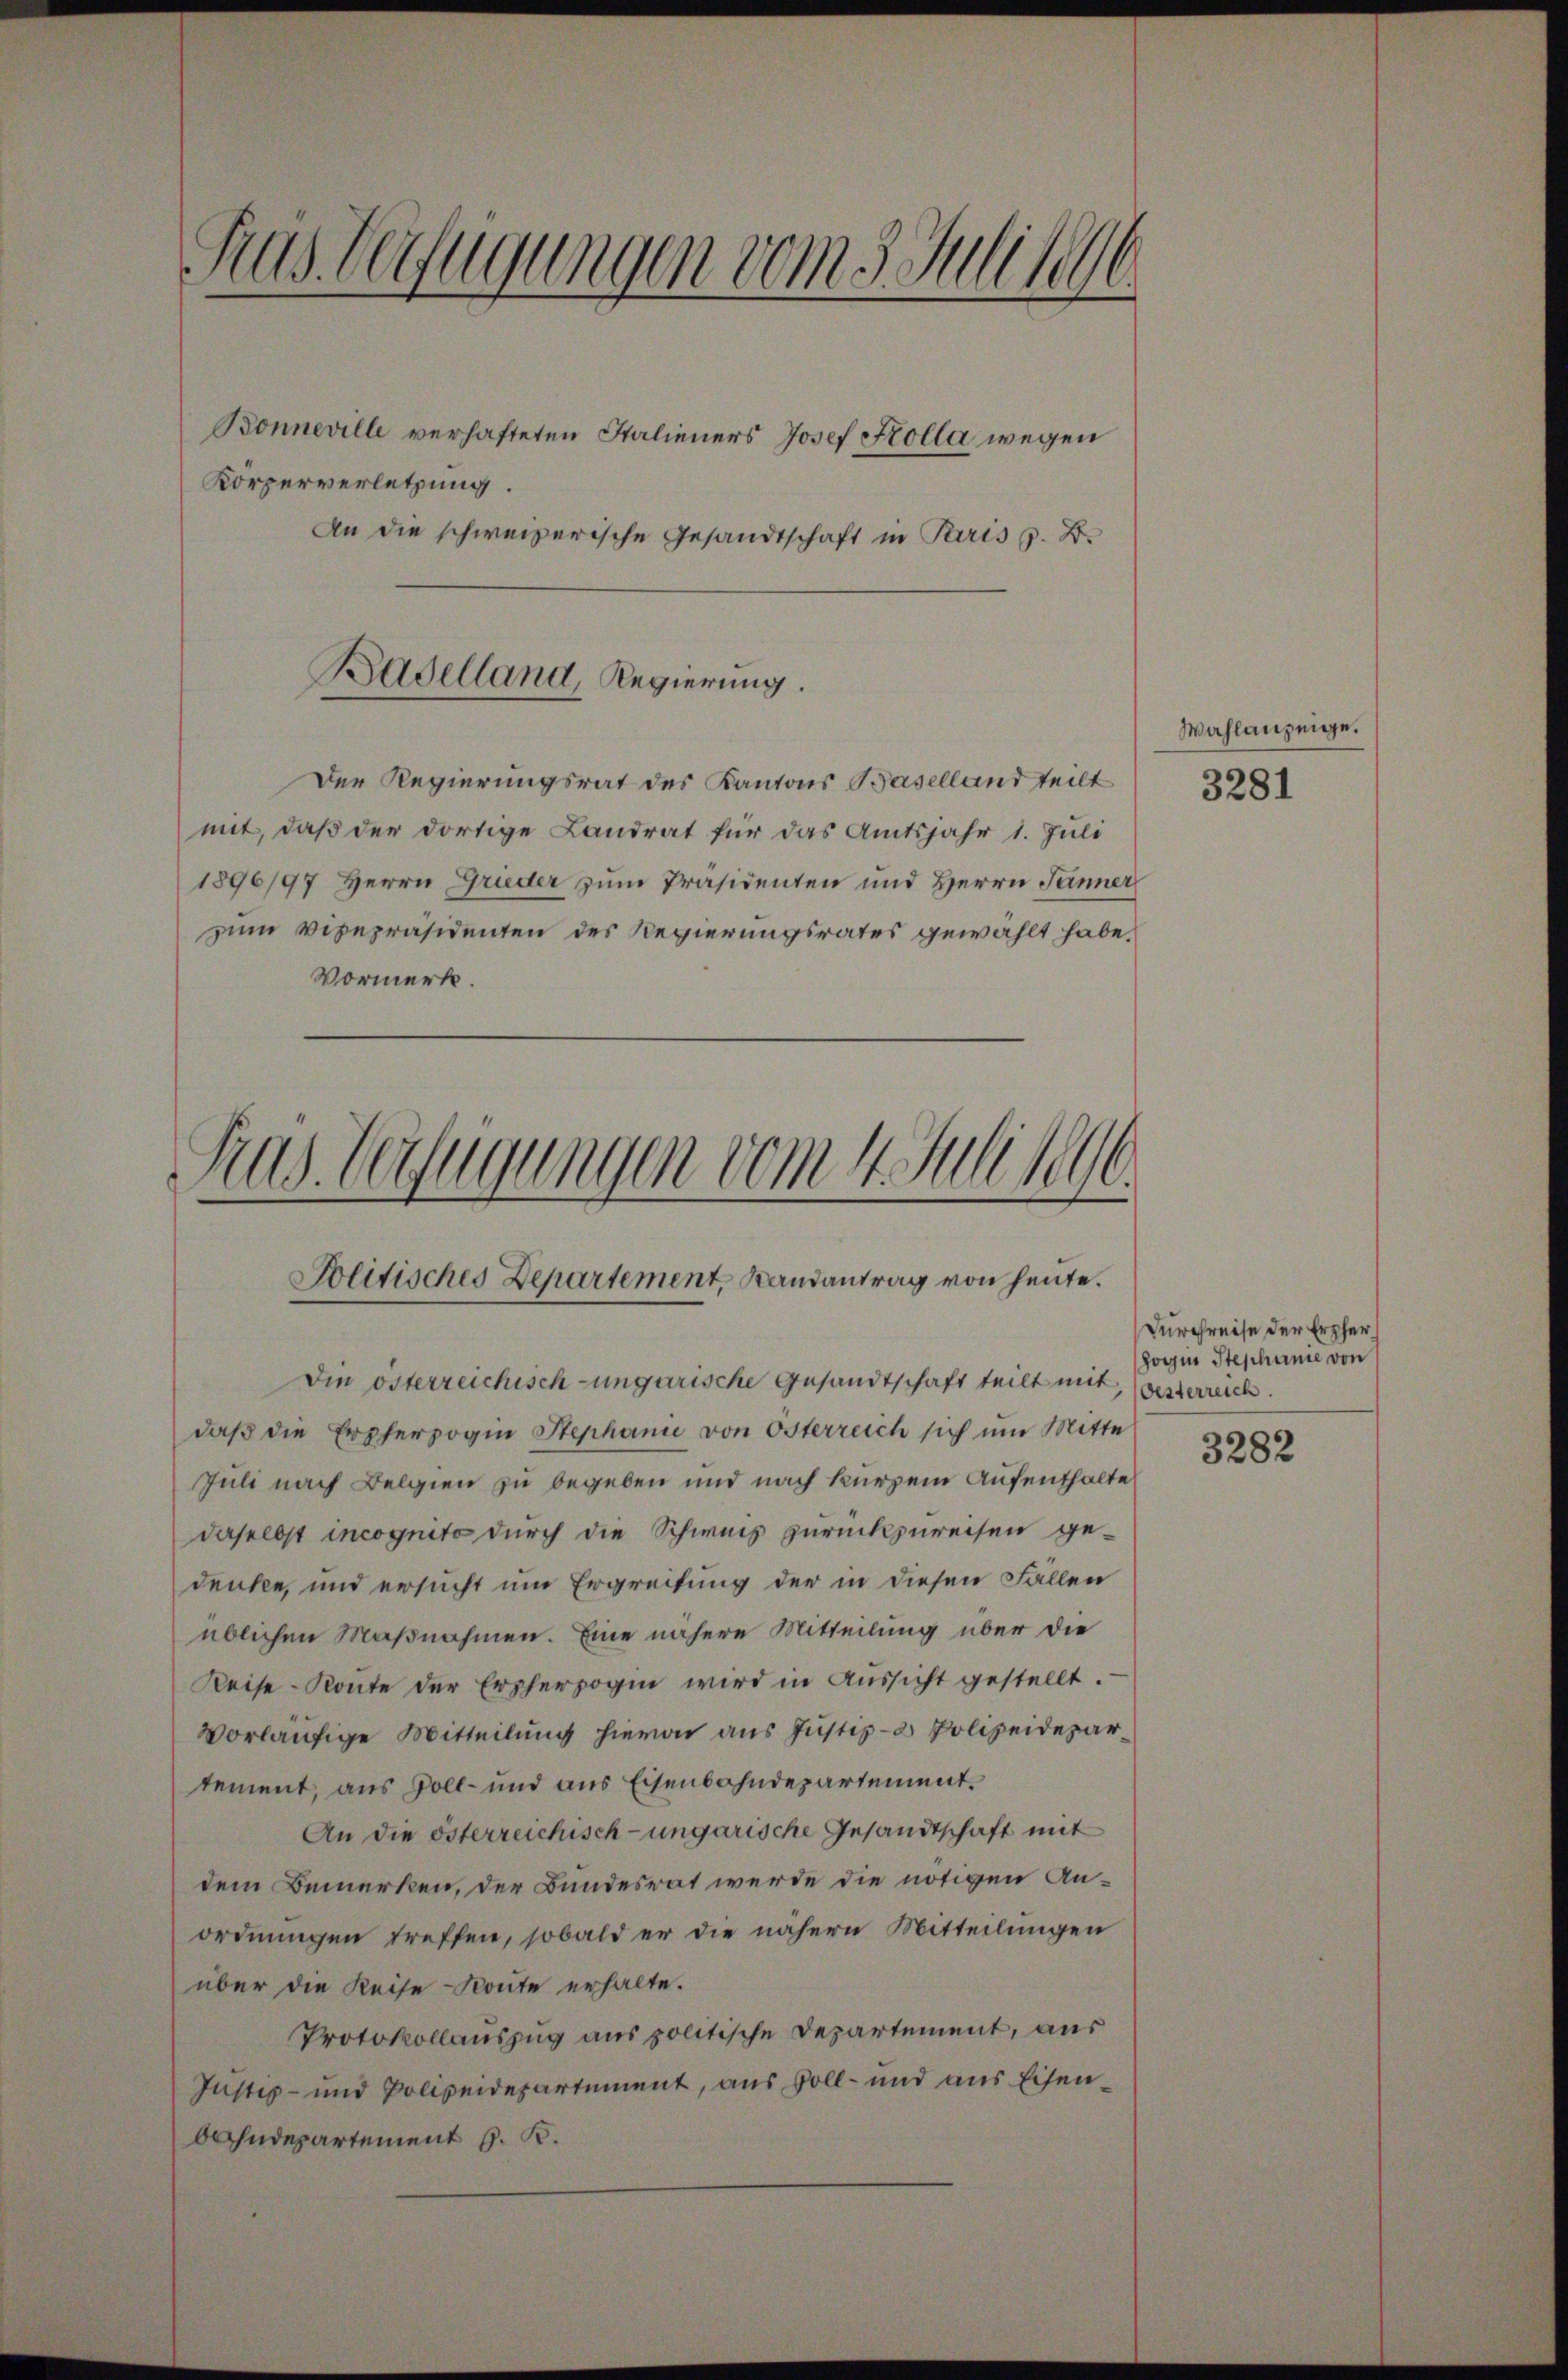
Fras Verfügungen vom 3. Juli 1846

Bonneville verhafteten Italieners Josef Kolla wegen
Körperverletzung.
An die schweizerische Gesandtschaft in Paris z. B.
Der Regierungsrat des Kantons Baselland teilt
mit, daß der dortige Landrat für das Amtsjahr 1. Juli
1896/97 Herrn Grieder zum Präsidenten und Herrn Jänner
zum Vicepräsidenten des Regierungsrates gewählt habe.
Vormerk.

Baselland, Regierung.

Ras Verfügungen vom 4. Juli 1890
Politisches Departement, Randantrag von heute.

Die österreichisch-ungarische Gesandtschaft teilt mit, besterreich.
daβ die Erpherzogen Stephanie von Osterreich sich um Mitte
Juli nach Belgien zu begeben und nach kurzem Aufenthalte
daselbst incognito durch die Schweis zurückzureisen gedenke, und ersucht um Ergreifung der in diesen Fällen
üblichen Maßnahmen. Eine nähere Mitteilung über die
Reise Konte der Erzherzogen wird in Aussicht gestellt.
vorläufige Mitteilung hievon aus Justiz- & Polizeidepar
tement, aus Zoll- und aus Eisenbahndepartement.
An die österreichisch-ungarische Gesandtschaft mit
dem Bemerken, der Bundesrat werde die nötigen Anordnungen treffen, sobald er die nähern Mitteilungen
über die Reise Route erhalte.
Protokollauszug aus politische Departement, aus
Justiz- und Polizeidepartement, aus Soll- und aus Eisenbahndepartement z. B.

Wahlanzeige.
3281

Durchreise der Erpher
hoisin Stephanie von

3282